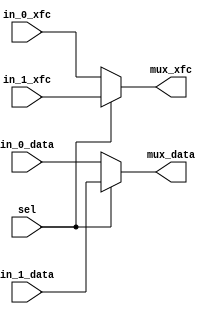
////////////////////////////////////////////////////////////////////////////////////////////////////////////////
// Module Name:             i2si_mux.v
// Last Modification:       1/23/2016
//
//Description: Multiplexer that outputs either the BIST or Deserializer input data and xfc signals
////////////////////////////////////////////////////////////////////////////////////////////////////////////////

`timescale 1ns / 1ps

module i2si_mux(in_0_data, in_0_xfc, in_1_data, in_1_xfc, sel, mux_data, mux_xfc);
    
    //Ports
    input           [31:0]              in_0_data;                  //First input data value
    input                               in_0_xfc;                   //First input xfc value
    input           [31:0]              in_1_data;                  //Second input data value
    input                               in_1_xfc;                   //Second input xfc value
    input                               sel;                        //select input to select either input 0 or 1

    output reg      [31:0]              mux_data;                   //mux data output value
    output reg                          mux_xfc;                    //mux xfc output value
                
                
    always @ (sel or in_0_data or in_0_xfc or in_1_data or in_1_xfc)
    begin
        if (sel == 1'b0)
        begin
            mux_data <= in_0_data;
            mux_xfc  <= in_0_xfc;
        end
        else
        begin
            mux_data <= in_1_data;
            mux_xfc  <= in_1_xfc;
        end
    end 
    
endmodule